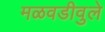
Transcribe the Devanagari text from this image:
मळवडीवुले